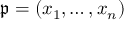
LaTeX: { \mathfrak { p } } = ( x _ { 1 } , \ldots , x _ { n } )